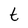
Character: t